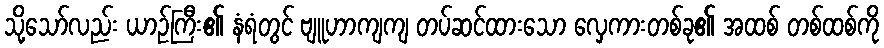
သို့သော်လည်း ယာဉ်ကြီး၏ နံရံတွင် ဗျူဟာကျကျ တပ်ဆင်ထားသော လှေကားတစ်ခု၏ အထစ် တစ်ထစ်ကို